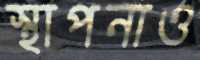
স্থাপনাও